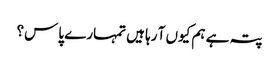
پتہ ہے ہم کیوں آ رہا ہیں تمہارے پاس؟